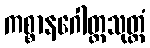
ကစ္စာနဂေါတ္တသုတ္တံ